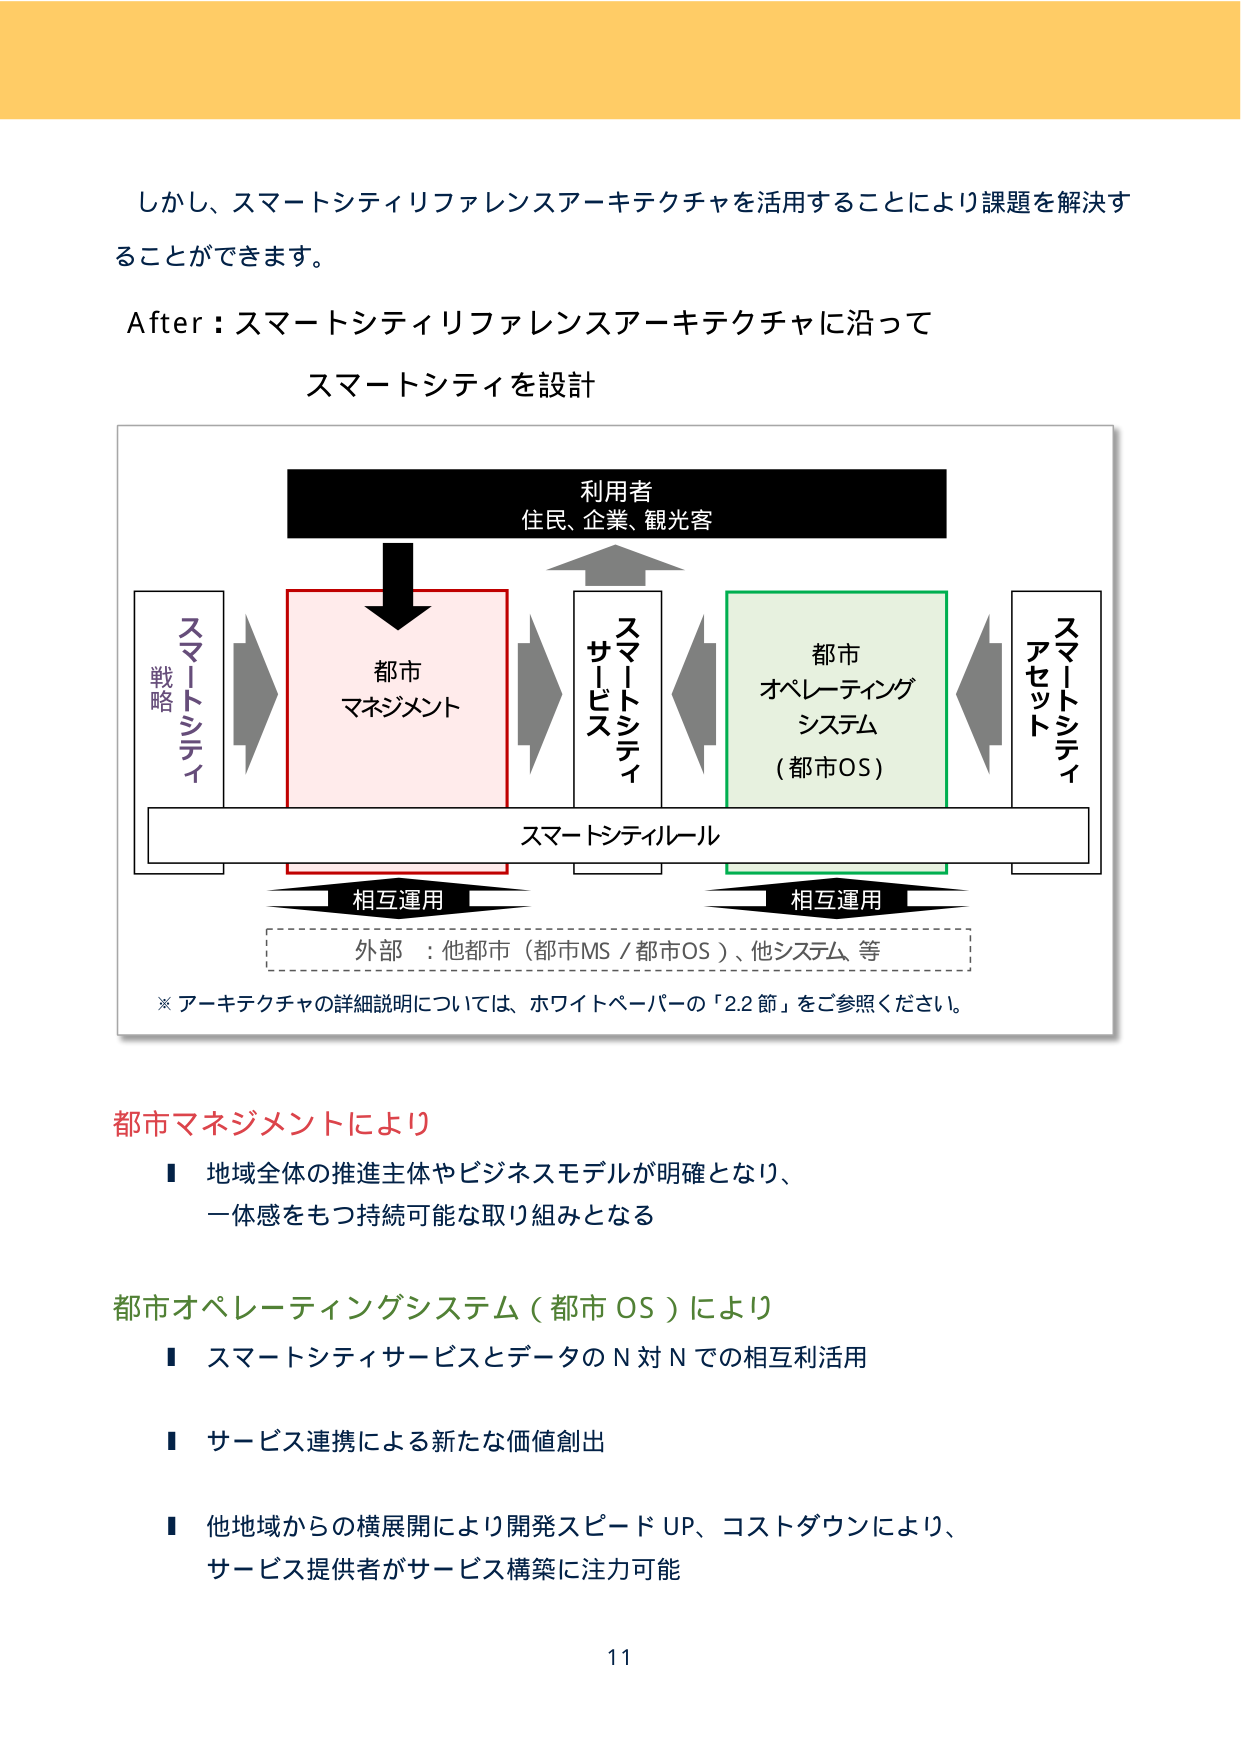
しかし、スマートシティリファレンスアーキテクチャを活用することにより課題を解決することができます。

After：スマートシティリファレンスアーキテクチャに沿って
スマートシティを設計

利用者
住民、企業、観光客

スマートシティ
戦略

都市
マネジメント

スマートシティ
サービス

都市
オペレーティング
システム
（都市OS）

スマートシティ
アセット

スマートシティルール

相互運用

相互運用

外部：他都市（都市MS／都市OS）、他システム、等

※アーキテクチャの詳細説明については、ホワイトペーパーの「2.2節」をご参照ください。

都市マネジメントにより
■ 地域全体の推進主体やビジネスモデルが明確となり、
一体感をもつ持続可能な取り組みとなる

都市オペレーティングシステム（都市OS）により
■ スマートシティサービスとデータのN対Nでの相互利活用
■ サービス連携による新たな価値創出
■ 他地域からの横展開により開発スピードUP、コストダウンにより、
サービス提供者がサービス構築に注力可能

11